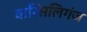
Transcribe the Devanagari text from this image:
वारिसलिगंज